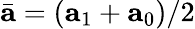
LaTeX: \bar{\mathbf{a}}=\left(\mathbf{a}_{1}+\mathbf{a}_{0}\right)/2